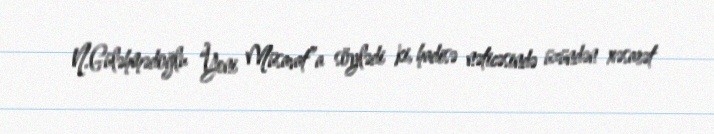
N.Güləhmədoğlu “Yeni Müsavat”a söylədi ki, hadisə nəticəsində üzündən xəsarət